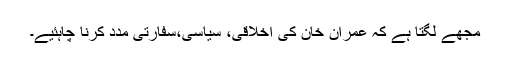
مجھے لگتا ہے کہ عمران خان کی اخلاقی، سیاسی،سفارتی مدد کرنا چاہئیے۔